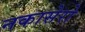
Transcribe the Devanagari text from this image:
नकासेरो